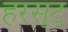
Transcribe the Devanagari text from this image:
हरसूट